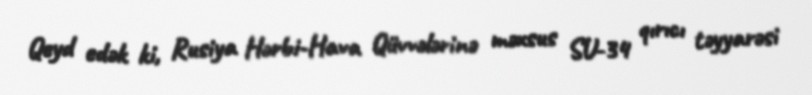
Qeyd edək ki, Rusiya Hərbi-Hava Qüvvələrinə məxsus SU-34 qırıcı təyyarəsi